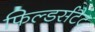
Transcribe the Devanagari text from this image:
फिल्डर्सटैट